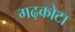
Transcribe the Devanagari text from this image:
गढ़कोटा